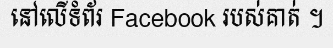
នៅលើទំព័រ Facebook របស់គាត់ ។